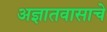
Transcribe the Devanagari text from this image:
अज्ञातवासाचे